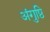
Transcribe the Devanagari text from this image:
अंगुष्ठि